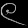
Digit: ၉